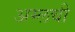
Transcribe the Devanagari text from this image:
अम्लची